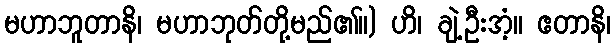
မဟာဘူတာနိ၊ မဟာဘုတ်တို့မည်၏။) ဟိ၊ ချဲ့ဦးအံ့။ ဧတာနိ၊